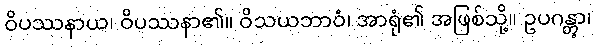
ဝိပဿနာယ၊ ဝိပဿနာ၏။ ဝိသယဘာဝံ၊ အာရုံ၏ အဖြစ်သို့။ ဥပဂန္တွာ၊